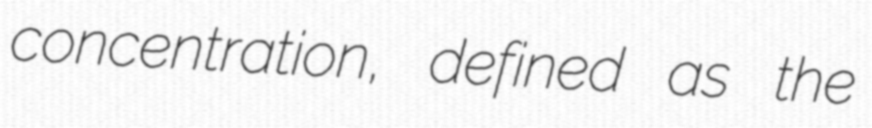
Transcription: concentration, defined as the